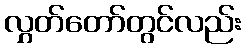
လွှတ်တော်တွင်လည်း